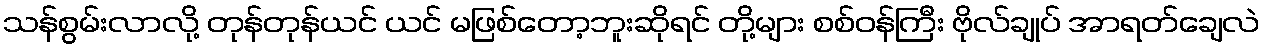
သန်စွမ်းလာလို့ တုန်တုန်ယင် ယင် မဖြစ်တော့ဘူးဆိုရင် တို့များ စစ်ဝန်ကြီး ဗိုလ်ချုပ် အာရတ်ချေလဲ